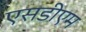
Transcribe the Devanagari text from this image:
एसडीएम